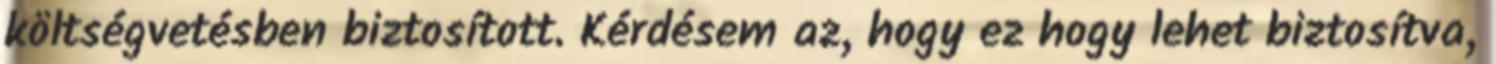
költségvetésben biztosított. Kérdésem az, hogy ez hogy lehet biztosítva,